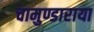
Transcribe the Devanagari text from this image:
चामुण्डाराया